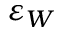
\varepsilon _ { W }